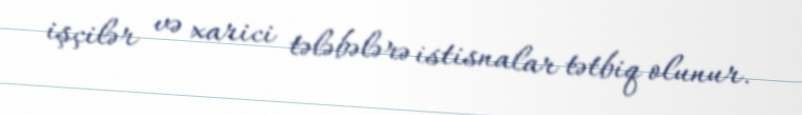
işçilər və xarici tələbələrə istisnalar tətbiq olunur.